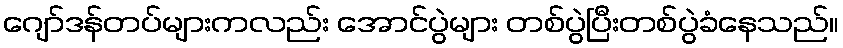
ဂျော်ဒန်တပ်များကလည်း အောင်ပွဲများ တစ်ပွဲပြီးတစ်ပွဲခံနေသည်။